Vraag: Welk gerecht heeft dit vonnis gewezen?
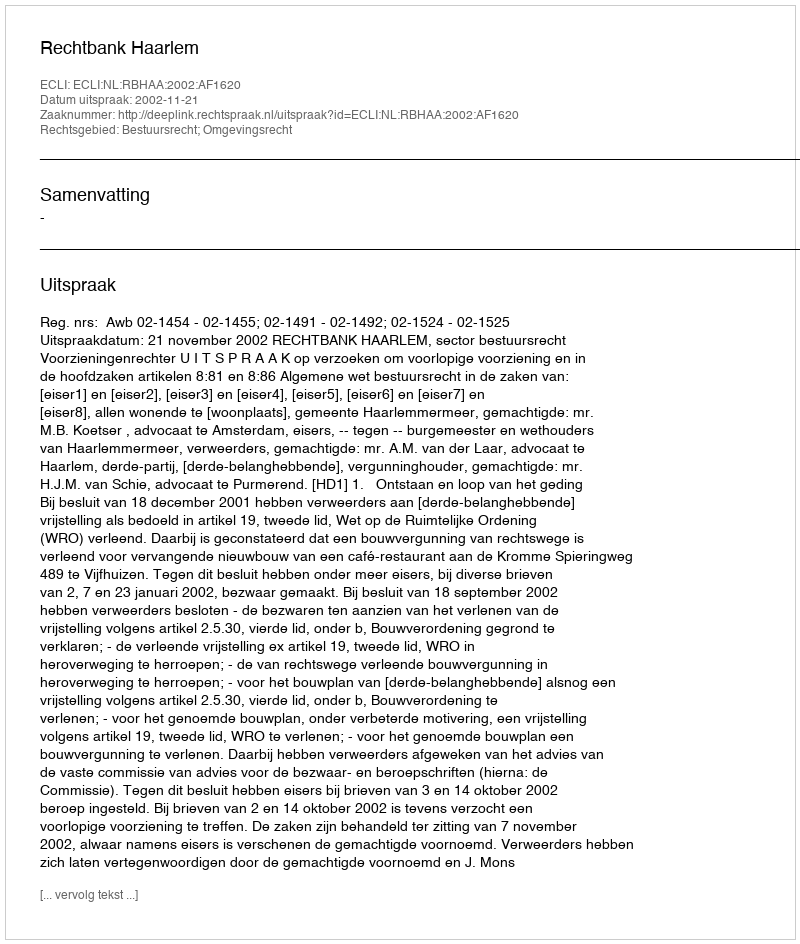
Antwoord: Rechtbank Haarlem